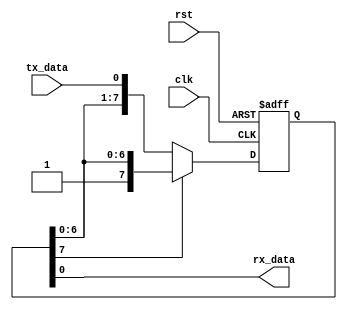
module UART_controller (
    input wire clk, // clock input
    input wire rst, // reset input
    input wire tx_data, // transmit data input
    output wire rx_data // receive data output
);

reg [7:0] tx_buffer; // transmit buffer
reg [7:0] rx_buffer; // receive buffer

always @(posedge clk or posedge rst) begin
    if (rst) begin
        tx_buffer <= 8'h00;
        rx_buffer <= 8'h00;
    end else begin
        // Transmit data
        if (tx_data && !tx_buffer[7]) begin
            tx_buffer <= {tx_buffer[6:0], tx_data};
        end
        
        // Receive data
        if (!rx_buffer[7]) begin
            rx_buffer <= {rx_buffer[6:0], tx_data};
        end
    end
end

assign rx_data = rx_buffer[0]; // output receive data

endmodule